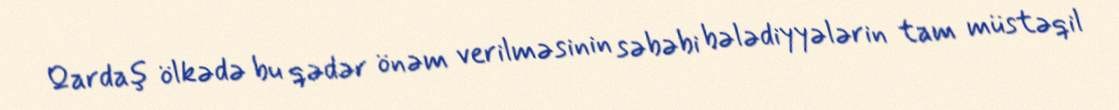
Qardaş ölkədə bu qədər önəm verilməsinin səbəbi bələdiyyələrin tam müstəqil